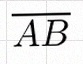
\overline{AB}